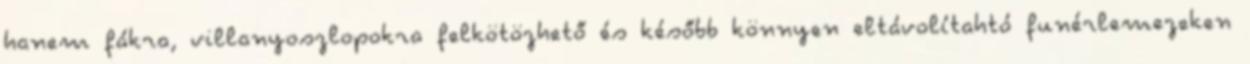
hanem fákra, villanyoszlopokra felkötözhető és később könnyen eltávolítahtó funérlemezeken